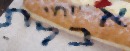
אבלת